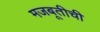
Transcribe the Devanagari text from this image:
मजबूतीची